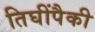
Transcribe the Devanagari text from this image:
तिघींपैकी